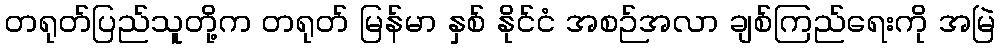
တရုတ်ပြည်သူတို့က တရုတ် မြန်မာ နှစ် နိုင်ငံ အစဉ်အလာ ချစ်ကြည်ရေးကို အမြဲ